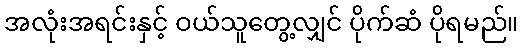
အလုံးအရင်းနှင့် ဝယ်သူတွေ့လျှင် ပိုက်ဆံ ပိုရမည်။